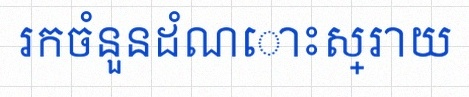
រកចំនួនដំណោះស្រាយ